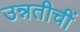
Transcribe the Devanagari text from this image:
उन्नतीचीं